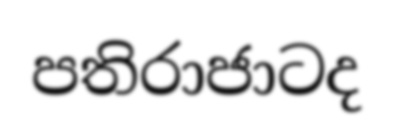
පතිරාජාටද